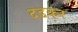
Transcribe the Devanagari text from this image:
दडकर